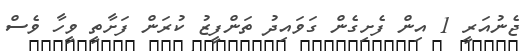
ޖެނުއަރީ 1 އިން ފެށިގެން ގަވައިދު ތަންފީޒު ކުރަން ފަށާތީ ވީހާ ވެސް